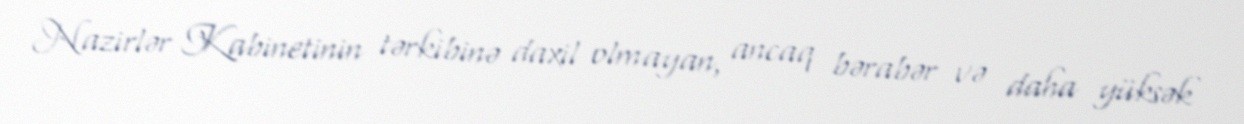
Nazirlər Kabinetinin tərkibinə daxil olmayan, ancaq bərabər və daha yüksək